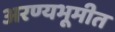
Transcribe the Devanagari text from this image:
अरण्यभूमीत